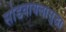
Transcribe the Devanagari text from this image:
सोडवायलासुद्धा